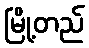
မြို့တည်